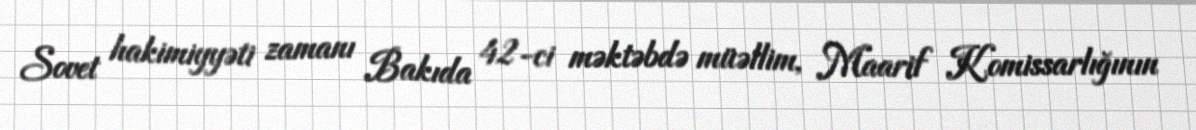
Sovet hakimiyyəti zamanı Bakıda 42-ci məktəbdə müəllim, Maarif Komissarlığının